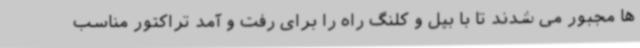
ها مجبور می شدند تا با بیل و کلنگ راه را برای رفت و آمد تراکتور مناسب